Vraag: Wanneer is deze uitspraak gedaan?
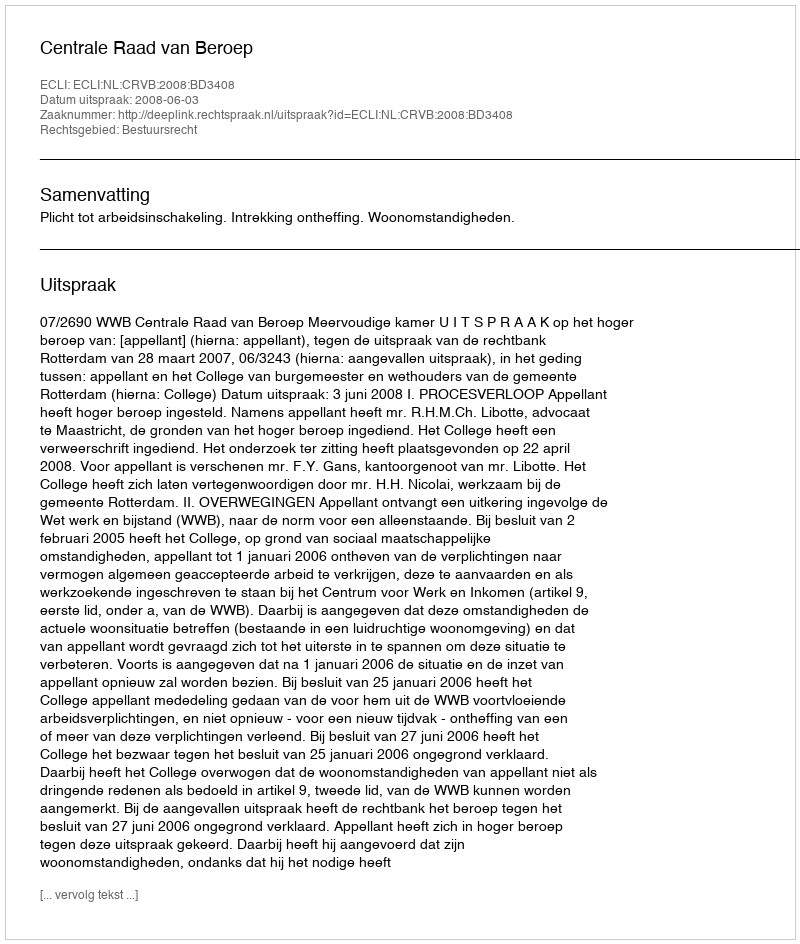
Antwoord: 2008-06-03